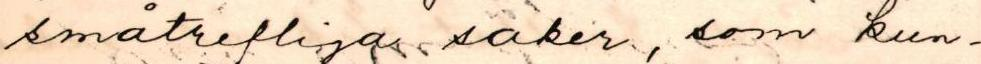
småtrefliga saker, som kun-